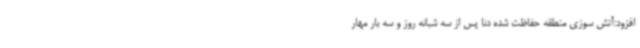
افزود:آتش سوزی منطقه حفاظت شده دنا پس از سه شبانه روز و سه بار مهار